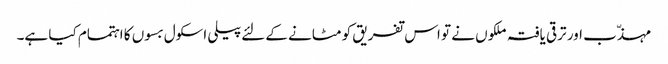
مہذّب اور ترقی یافتہ ملکوں نے تو اس تفریق کو مٹانے کے لئےپیلی اسکول بسوں کا اہتمام کیا ہے۔